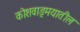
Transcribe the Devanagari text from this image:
कोशवाङ्मयातील